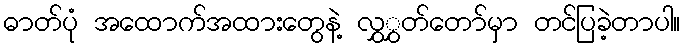
ဓာတ်ပုံ အထောက်အထားတွေနဲ့ လွှွှတ်တော်မှာ တင်ပြခဲ့တာပါ။